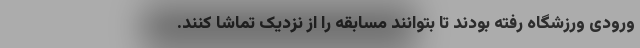
ورودی ورزشگاه رفته بودند تا بتوانند مسابقه را از نزدیک تماشا کنند.